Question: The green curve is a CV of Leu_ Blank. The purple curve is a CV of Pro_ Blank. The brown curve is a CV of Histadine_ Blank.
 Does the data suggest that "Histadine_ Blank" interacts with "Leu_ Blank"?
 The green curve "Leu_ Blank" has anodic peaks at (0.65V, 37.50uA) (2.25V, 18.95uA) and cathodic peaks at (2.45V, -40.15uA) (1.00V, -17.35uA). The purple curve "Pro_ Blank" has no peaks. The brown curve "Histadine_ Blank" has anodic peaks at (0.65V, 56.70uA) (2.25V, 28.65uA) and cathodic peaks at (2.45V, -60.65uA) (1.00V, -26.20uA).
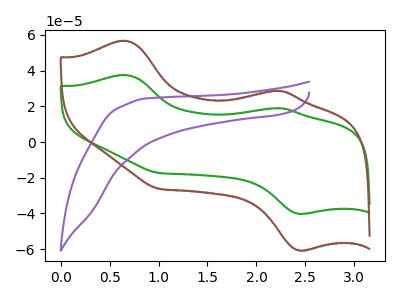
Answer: <think>All the peaks in "Histadine_ Blank" have a peak in "Leu_ Blank" at the same potential. Every peak in "Histadine_ Blank" is higher than every peak in "Leu_ Blank".
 </think>
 <answer>No, "Histadine_ Blank" and "Leu_ Blank" don't appear to be significantly different in shape</answer>
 <eval>no_change</eval>